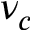
\nu _ { c }